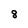
Character: 8